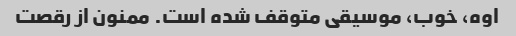
اوه، خوب، موسیقی متوقف شده است. ممنون از رقصت